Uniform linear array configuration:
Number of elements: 64
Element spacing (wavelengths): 0.75
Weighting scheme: hann
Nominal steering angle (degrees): -30
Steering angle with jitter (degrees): -29.003
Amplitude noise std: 0.05
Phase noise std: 0.05

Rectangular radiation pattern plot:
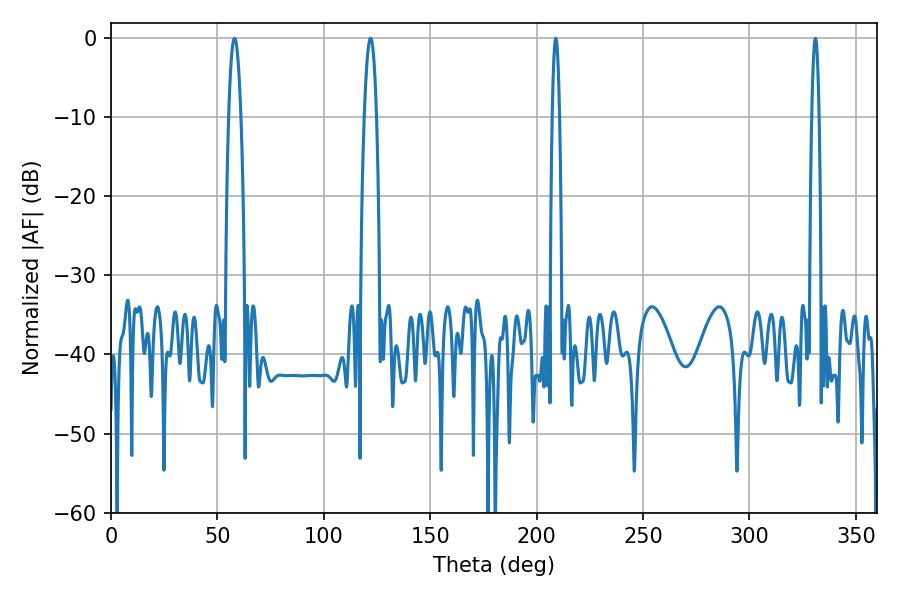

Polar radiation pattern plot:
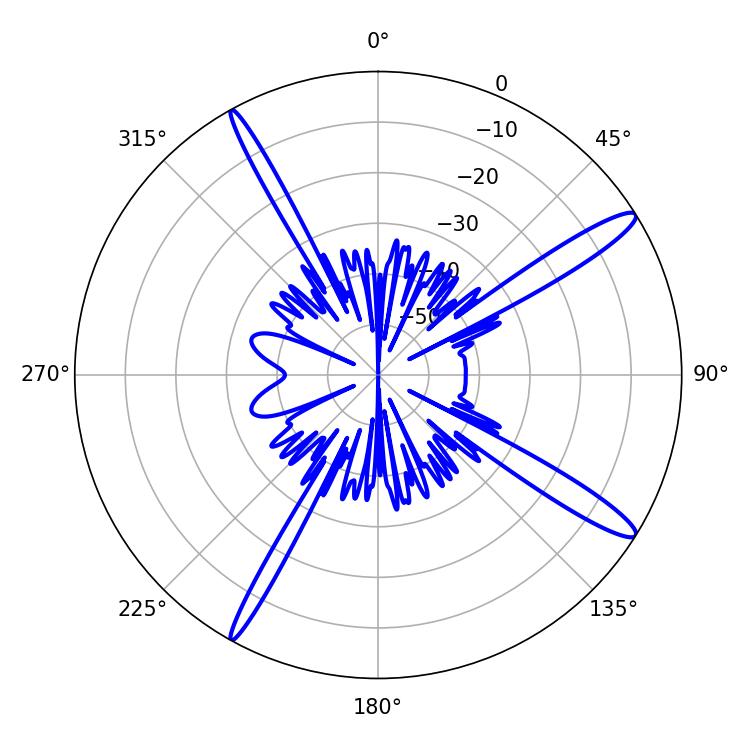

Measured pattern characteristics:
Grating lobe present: TRUE
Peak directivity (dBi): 14.754
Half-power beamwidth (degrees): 1.8
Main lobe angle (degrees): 208.98